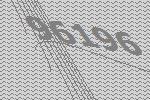
96196